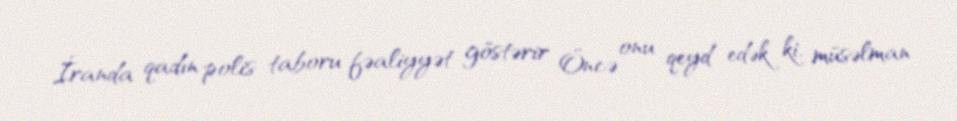
İranda qadın polis taboru fəaliyyət göstərir Öncə onu qeyd edək ki, müsəlman